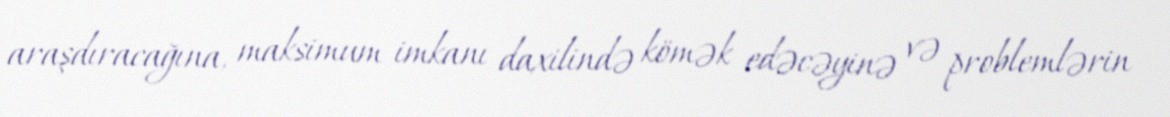
araşdıracağına, maksimum imkanı daxilində kömək edəcəyinə və problemlərin